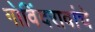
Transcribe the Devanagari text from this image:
गोविंदरावांचे